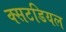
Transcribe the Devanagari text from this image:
क्सटडियल